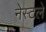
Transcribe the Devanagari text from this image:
नेस्टले